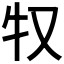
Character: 𰠦